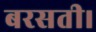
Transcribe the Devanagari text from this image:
बरसती।